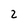
Character: 2